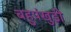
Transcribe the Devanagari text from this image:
बहुपंखुड़ी